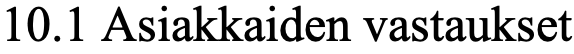
10.1 Asiakkaiden vastaukset